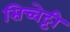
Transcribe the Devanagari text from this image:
सिच्चेट्टी